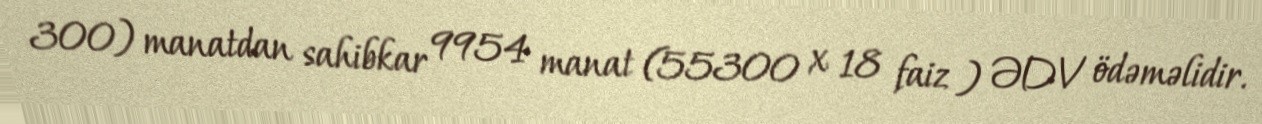
300) manatdan sahibkar 9954 manat (55300 x 18 faiz ) ƏDV ödəməlidir.